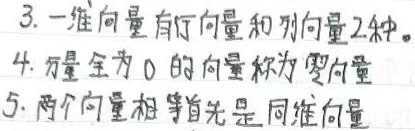
3. 一维向量有行向量和列向量2种。
4. 分量全为 0 的向量称为零向量。
5. 两个向量相等首先是同维向量。